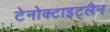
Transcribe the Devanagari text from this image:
टेनोक्टाइट्लैन